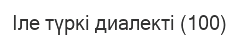
Іле түркі диалекті (100)